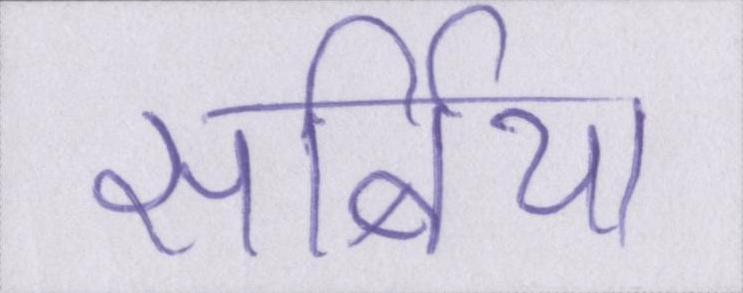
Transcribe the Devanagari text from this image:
सर्बिया